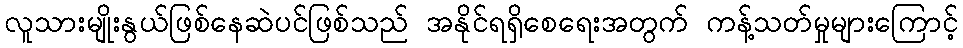
လူသားမျိုးနွယ်ဖြစ်နေဆဲပင်ဖြစ်သည် အနိုင်ရရှိစေရေးအတွက် ကန့်သတ်မှုများကြောင့်